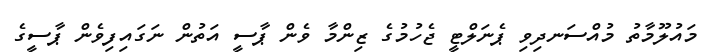
މައުލޫމާތު މުއްސަނދިވި ޕެނަލްޓީ ޖެހުމުގެ ޒިންމާ ވެން ޕާސީ އަތުން ނަގައިފިވެން ޕާސީގެ